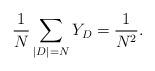
LaTeX: \begin{align*}\frac{1}{N}\sum_{|D|=N}Y_D=\frac{1}{N^2}.\end{align*}